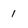
Character: 1